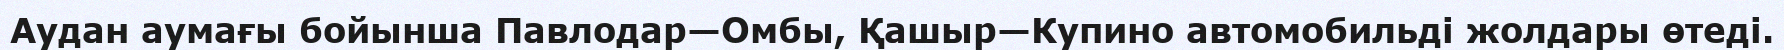
Аудан аумағы бойынша Павлодар—Омбы, Қашыр—Купино автомобильді жолдары өтеді.